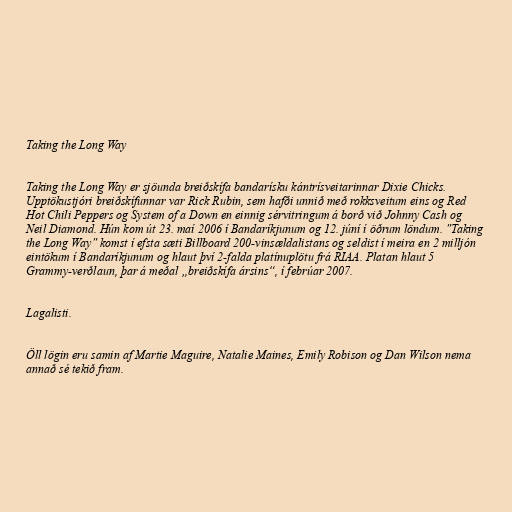
Taking the Long Way

Taking the Long Way er sjöunda breiðskífa bandarísku kántrísveitarinnar Dixie Chicks.
Upptökustjóri breiðskífunnar var Rick Rubin, sem hafði unnið með rokksveitum eins og Red
Hot Chili Peppers og System of a Down en einnig sérvitringum á borð við Johnny Cash og
Neil Diamond. Hún kom út 23. maí 2006 í Bandaríkjunum og 12. júní í öðrum löndum. "Taking
the Long Way" komst í efsta sæti Billboard 200-vinsældalistans og seldist í meira en 2 milljón
eintökum í Bandaríkjunum og hlaut því 2-falda platínuplötu frá RIAA. Platan hlaut 5
Grammy-verðlaun, þar á meðal „breiðskífa ársins“, í febrúar 2007.

Lagalisti.

Öll lögin eru samin af Martie Maguire, Natalie Maines, Emily Robison og Dan Wilson nema
annað sé tekið fram.